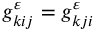
g _ { k i j } ^ { \varepsilon } = g _ { k j i } ^ { \varepsilon }